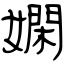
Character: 嫻